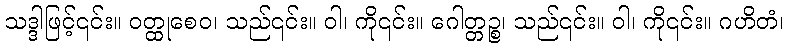
သဒ္ဒါဖြင့်၎င်း။ ဝတ္ထုစေဝ၊ သည်၎င်း။ ဝါ၊ ကို၎င်း။ ဂေါတ္တဉ္စ၊ သည်၎င်း။ ဝါ၊ ကို၎င်း။ ဂဟိတံ၊